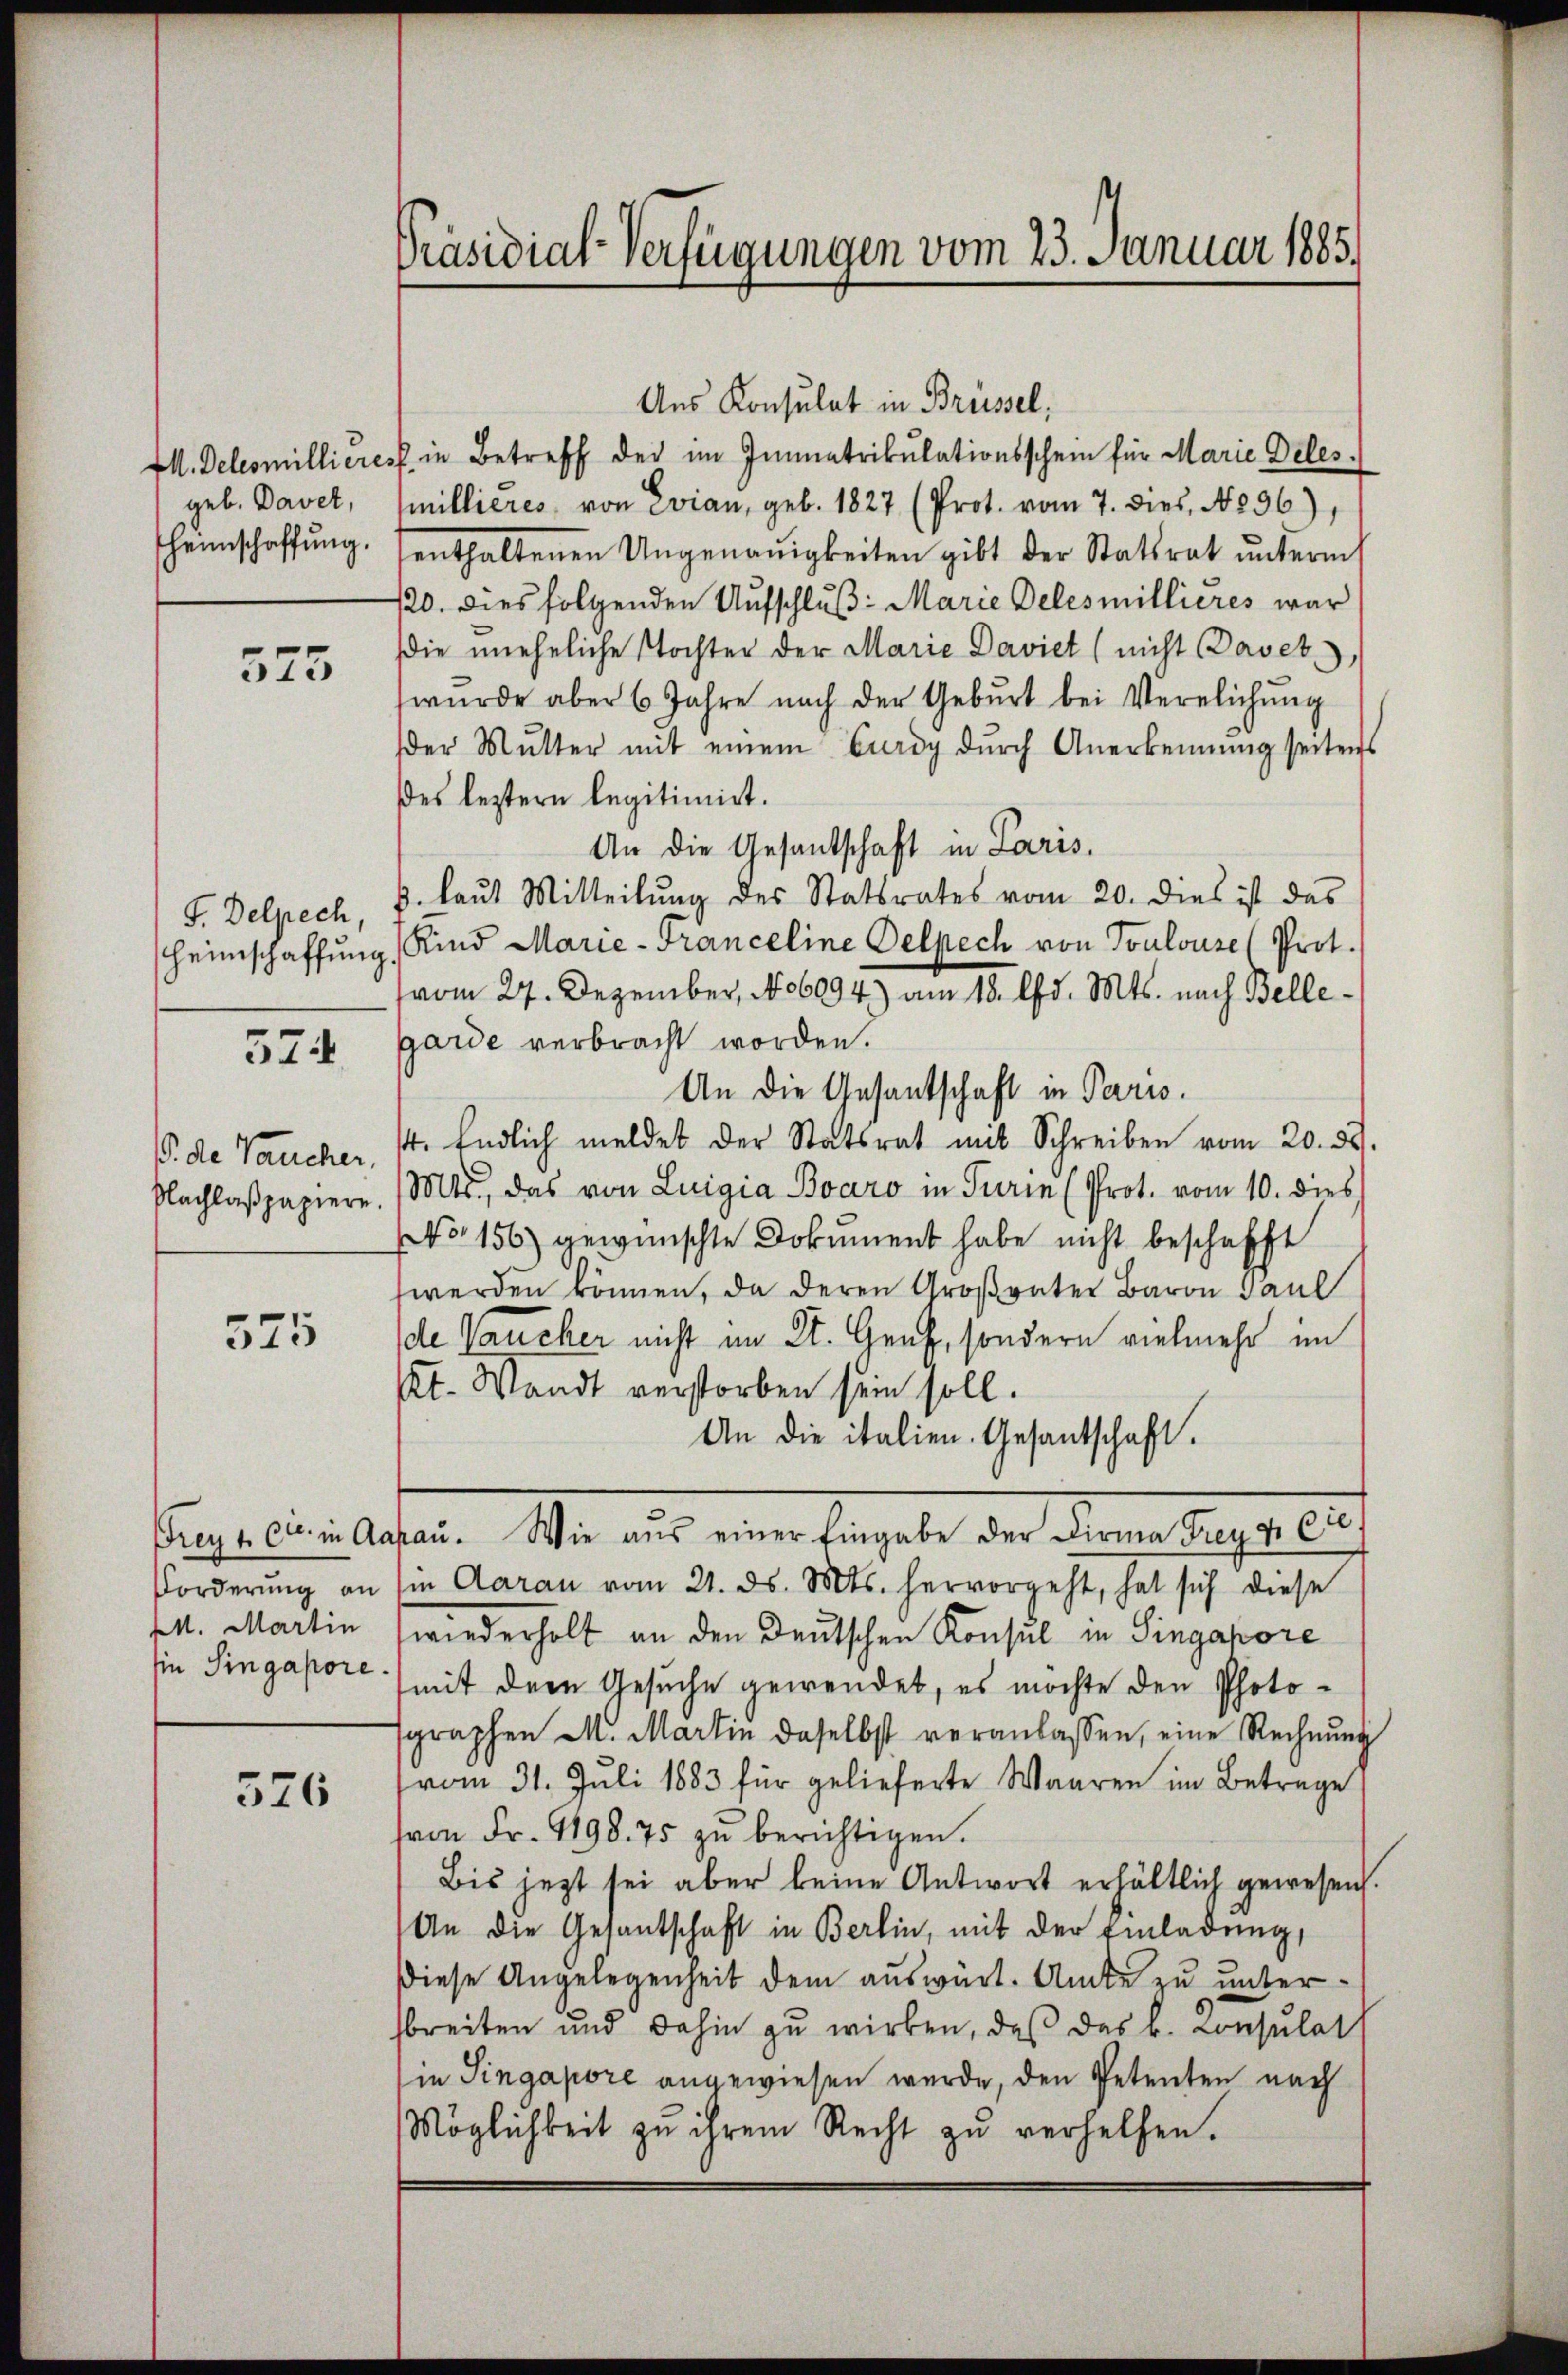
M. Delesmillieres
geb. Davet,
heimschaffung.

575

F. Delpech,
heinschaffung

574

B. de Vaucher,
Nachlaßpapiere.

525

Frey 1. etc. in Aa
Forderung an
M. Martin
sie Singapore.

576

Präsidial-Verfügungen vom 23. Januar 1885.

Ans Konsulat in Brüssel,
in Betreff der im Immatrikulationsschein für Marie Deles
millieres, von Evian, geb. 1827 (Prot. vom 7. dies, 1896),
enthaltenen Ungenauigkeiten gibt der Statsrat ŭnterm
120. dies folgenden Aufschluß: Marie Delesmillieres war
die uneheliche Tochter der Marie Daviet (nicht Davet,
wŭrde aber 6 Jahre nach der Gebŭrt bei Verelichŭng
der Mutter mit einem Curdy dŭrch Anerkennung seitens
des leztern legitimiert.
An die Gesantschaft in Paris,
p. laŭt Mitteilŭng des Statsrates vom 20. dies ist das
Kind Marie-Franceline Oelpech von Toulouse (Prot.
vom 27. Dezember, No 6094) am 18. d. Mts. nach Belle
garde verbracht worden.
An die Gesantschaft in Paris.
4. Endlich meldet der Statsrat mit Schreiben vom 20. ds.
Mts., das von Luigia Boaro in Turin (Prot. vom 10. dies
No. 156) gewünschte Dokument habe nicht beschafft
werden können, da deren Großvater Baron Paul
de Vaucher nicht im St. Genf, sondern vielmehr im
Kt. Waadt verstorben sein soll.
An die italien. Gesantschaft.
rau. Wie aus einer Eingabe der Firma Frey v. Ce
sin Aarau vom 21. ds. Mts. hervorgeht, hat sich diese
wiederholt an den Deutschen Konsul in Singapore
mit der Gesuche gewendet, es möchte den Photographen M. Martin daselbst veranlassen, eine Rechnung
vom 31. Juli 1883 für gelieferte Waaren im Betrage
von Fr. 4198. 75 zŭ berichtigen.
Bis jezt sei aber keine Antwort erhältlich gewesen.
An die Gesandschaft in Berlin, mit der Einladung,
Diese Angelegenheit dem auswart. Amte zu unterbreiten und dahin zu wirken, daß das L. Consulat
in Singapore angewiesen wurde, den Petenten nach
Möglichkeit zu ihrem Recht zŭ verhelfen.